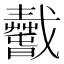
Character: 𢨢